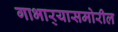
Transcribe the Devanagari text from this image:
गाभार्‍यासमोरील